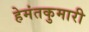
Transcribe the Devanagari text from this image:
हेमंतकुमारी